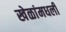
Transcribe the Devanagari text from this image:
खेळांमधली